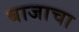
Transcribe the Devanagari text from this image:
बाजाचा